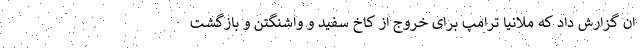
ان گزارش داد که ملانیا ترامپ برای خروج از کاخ سفید و واشنگتن و بازگشت